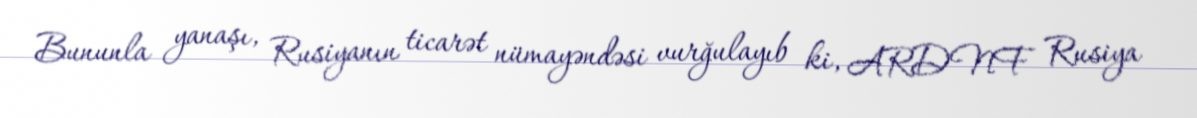
Bununla yanaşı, Rusiyanın ticarət nümayəndəsi vurğulayıb ki, ARDNF Rusiya